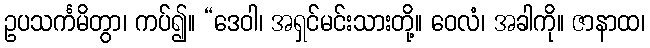
ဥပသင်္ကမိတွာ၊ ကပ်၍။ “ဒေဝါ၊ အရှင်မင်းသားတို့။ ဝေလံ၊ အခါကို။ ဇာနာထ၊